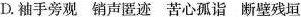
D.袖手旁观销声匿迹苦心孤诣断壁残垣